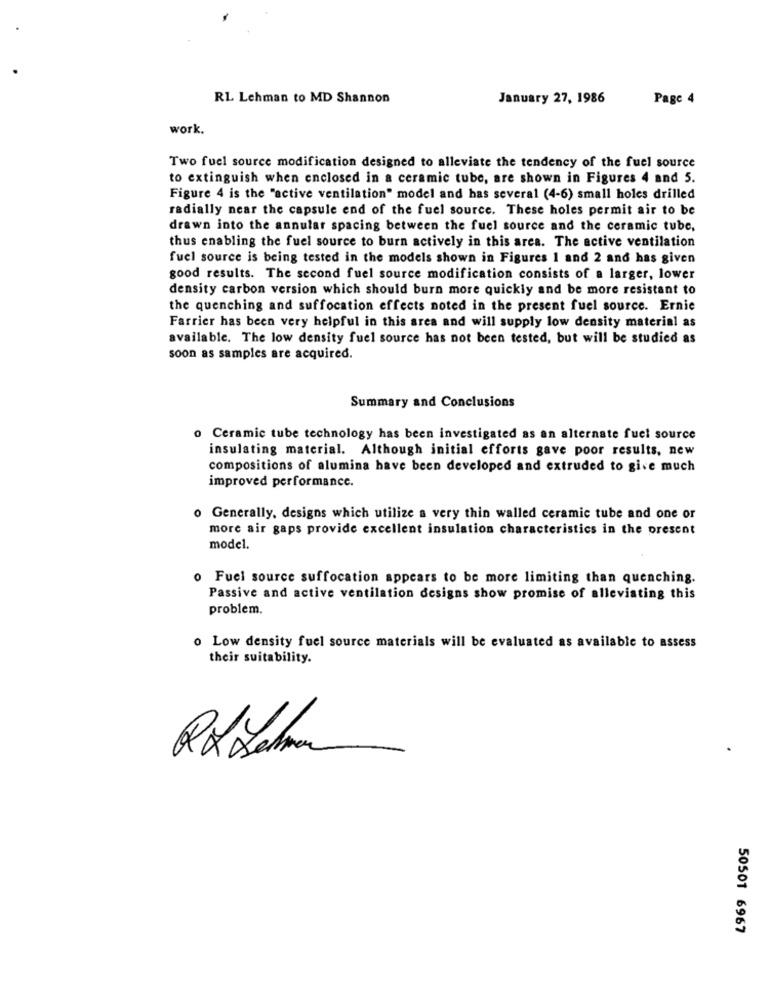
RL Lehman to MD Shannon
January 27, 1986
Page 4
work.
Two fuel source modification designed to alleviate the tendency of the fuel source
to extinguish when enclosed in a ceramic tube, are shown in Figures 4 and 5.
Figure 4 is the "active ventilation" model and has several (4-6) small holes drilled
radially near the capsule end of the fuel source. These holes permit air to be
drawn into the annular spacing between the fuel source and the ceramic tube,
thus enabling the fuel source to burn actively in this area. The active ventilation
fuel source is being tested in the models shown in Figures 1 and 2 and has given
good results. The second fuel source modification consists of a larger, lower
density carbon version which should burn more quickly and be more resistant to
the quenching and suffocation effects noted in the present fuel source. Ernie
Farrier has been very helpful in this area and will supply low density material as
available. The low density fuel source has not been tested, but will be studied as
soon as samples are acquired.
Summary and Conclusions
o Ceramic tube technology has been investigated as an alternate fuel source
insulating material. Although initial efforts gave poor results, new
compositions of alumina have been developed and extruded to give much
improved performance.
o Generally, designs which utilize a very thin walled ceramic tube and one or
more air gaps provide excellent insulation characteristics in the present
model.
o Fuel source suffocation appears to be more limiting than quenching.
Passive and active ventilation designs show promise of alleviating this
problem.
o Low density fuel source materials will be evaluated as available to assess
their suitability.
50501 6967